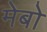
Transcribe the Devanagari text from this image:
मेबो